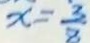
x = \frac { 3 } { 8 }